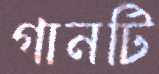
গানটি